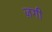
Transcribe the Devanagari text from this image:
ज़िंगी